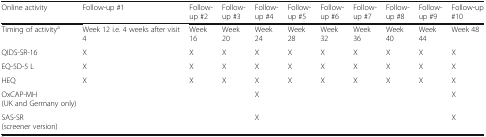
<table><thead><tr><td><b>Online activity</b></td><td><b>Follow-up #1</b></td><td><b>Follow-up #2</b></td><td><b>Follow-up #3</b></td><td><b>Follow-up #4</b></td><td><b>Follow-up #5</b></td><td><b>Follow-up #6</b></td><td><b>Follow-up #7</b></td><td><b>Follow-up #8</b></td><td><b>Follow-up #9</b></td><td><b>Follow-up #10</b></td></tr></thead><tbody><tr><td>Timing of activity<sup>a</sup></td><td>Week 12 i.e. 4 weeks after visit 4</td><td>Week 16</td><td>Week 20</td><td>Week 24</td><td>Week 28</td><td>Week 32</td><td>Week 36</td><td>Week 40</td><td>Week 44</td><td>Week 48</td></tr><tr><td>QIDS-SR-16</td><td>X</td><td>X</td><td>X</td><td>X</td><td>X</td><td>X</td><td>X</td><td>X</td><td>X</td><td>X</td></tr><tr><td>EQ-5D-5 L</td><td>X</td><td>X</td><td>X</td><td>X</td><td>X</td><td>X</td><td>X</td><td>X</td><td>X</td><td>X</td></tr><tr><td>HEQ</td><td>X</td><td>X</td><td>X</td><td>X</td><td>X</td><td>X</td><td>X</td><td>X</td><td>X</td><td>X</td></tr><tr><td>OxCAP-MH (UK and Germany only)</td><td></td><td></td><td></td><td>X</td><td></td><td></td><td></td><td></td><td></td><td>X</td></tr><tr><td>SAS-SR (screener version)</td><td></td><td></td><td></td><td>X</td><td></td><td></td><td></td><td></td><td></td><td>X</td></tr></tbody></table>